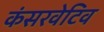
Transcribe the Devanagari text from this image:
कंसरवेटिव